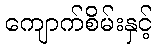
ကျောက်စိမ်းနှင့်